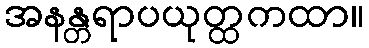
အနန္တရာပယုတ္ထကထာ။